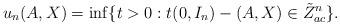
LaTeX: \begin{align*} u_n(A,X) = \inf \{t>0 : t(0,I_n) - (A,X) \in\tilde{Z}_{ac}^n \}. \end{align*}